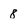
Character: 8